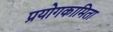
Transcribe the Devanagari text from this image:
प्रयोगकामिता